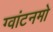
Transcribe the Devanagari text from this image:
ग्वांटनमो